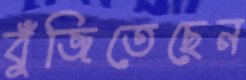
বুঁজিতেছেন